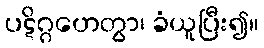
ပဋိဂ္ဂဟေတွာ၊ ခံယူပြီး၍။